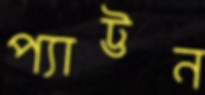
প্যাট্টন